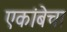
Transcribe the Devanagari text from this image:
एकांबेचा